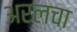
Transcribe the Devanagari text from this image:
अरलचा